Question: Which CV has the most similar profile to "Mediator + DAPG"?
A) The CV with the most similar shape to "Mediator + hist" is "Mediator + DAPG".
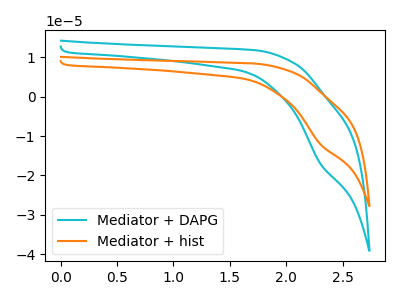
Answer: <think>The cyan curve "Mediator + DAPG" has a cathodic peak at: (2.30V, -17.05uA). The orange curve "Mediator + hist" has a cathodic peak at: (2.30V, -12.10uA).
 All the peaks in "Mediator + DAPG" have a peak in "Mediator + hist" at the same potential. Every peak in "Mediator + DAPG" is higher than every peak in "Mediator + hist".</think>
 <answer>A) The CV with the most similar shape to "Mediator + hist" is "Mediator + DAPG".</answer>
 <eval>A</eval>